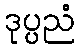
ဒုပ္ပညံ